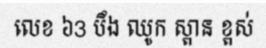
លេខ ៦3 បឹង ឈូក ស្ពាន ខ្ពស់